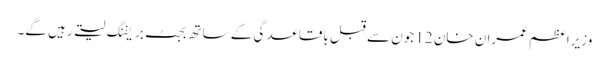
وزیراعظم عمران خان 12 جون سے قبل باقاعدگی کے ساتھ بجٹ بریفنگ لیتے رہیں گے۔